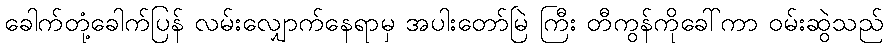
ခေါက်တုံ့ခေါက်ပြန် လမ်းလျှောက်နေရာမှ အပါးတော်မြဲ ကြီး တီကွန်ကိုခေါ်ကာ ဝမ်းဆွဲသည်